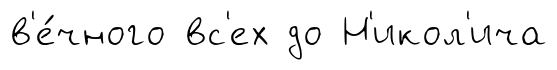
в'е́чного вс'ех до Н'икол'ича